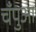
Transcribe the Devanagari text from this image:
चँपुआ